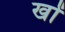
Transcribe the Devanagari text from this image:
खों